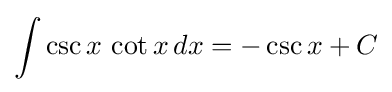
\int \csc x\,\cot x\,dx=-\csc x+C